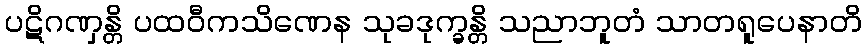
ပဋိဂဏှန္တိ ပထဝီကသိဏေန သုခဒုက္ခန္တိ သညာဘူတံ သာတရူပေနာတိ